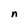
Character: n